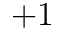
+ 1